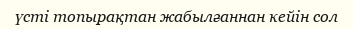
үсті топырақтан жабылғаннан кейін сол